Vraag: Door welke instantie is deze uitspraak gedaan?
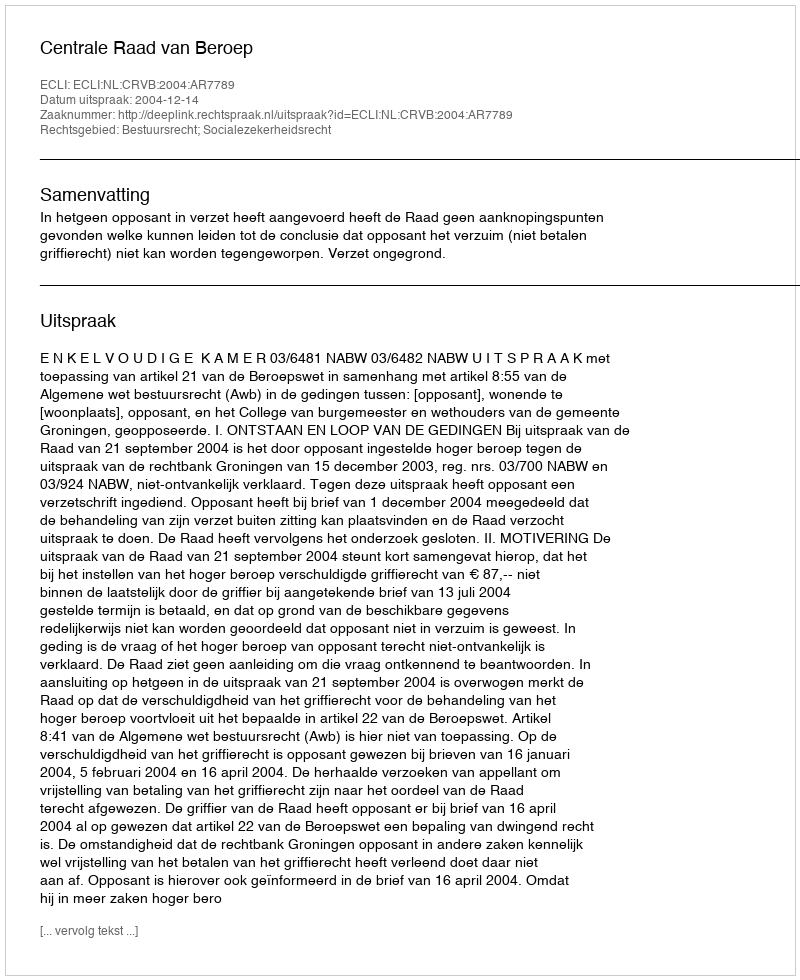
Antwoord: Centrale Raad van Beroep